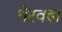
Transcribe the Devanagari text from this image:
थेरवड़ा